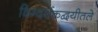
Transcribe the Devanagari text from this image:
दिग्दर्शकद्वयीतले